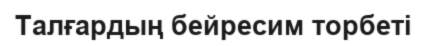
Талғардың бейресим торбеті